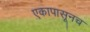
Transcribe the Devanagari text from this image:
एकापासूनच